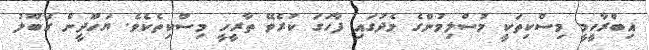
އިބްރާހީމީ މިސްކިތަކީ މުސްލިމުންގެ މެދުގައި ފާހަގަ ކުރެވޭ ތާރީހީ މިސްކިތެކެވެ. ޔަހޫދީން ގަބޫލު